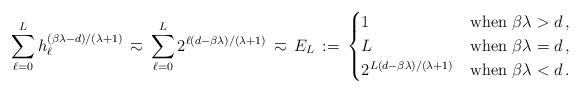
LaTeX: \begin{align*} \sum_{\ell=0}^L h_\ell^{(\beta\lambda-d)/(\lambda+1)} \,\eqsim\, \sum_{\ell=0}^L 2^{\ell (d-\beta\lambda)/(\lambda+1)} &\,\eqsim\, E_L \,:=\, \begin{cases} 1 & \mbox{when } \beta\lambda > d\,, \\ L & \mbox{when } \beta\lambda = d\,, \\ 2^{L (d-\beta\lambda)/(\lambda+1)} & \mbox{when } \beta\lambda < d\,. \end{cases}\end{align*}